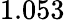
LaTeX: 1.053